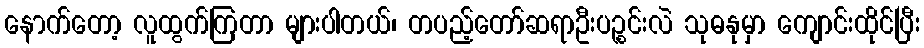
နောက်တော့ လူထွက်ကြတာ များပါတယ်၊ တပည့်တော်ဆရာဦးပဉ္စင်းလဲ သုဓနုမှာ ကျောင်းထိုင်ပြီး